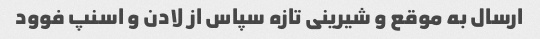
ارسال به موقع و شیرینی تازه سپاس از لادن و اسنپ فوود